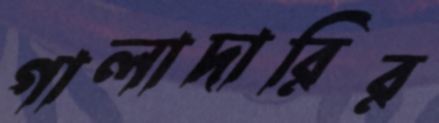
গালাদারির